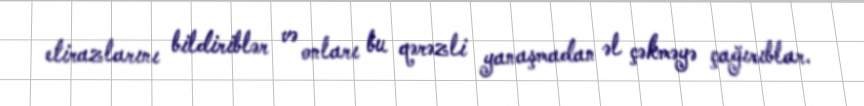
etirazlarını bildiriblər və onları bu qərəzli yanaşmadan əl çəkməyə çağırıblar.